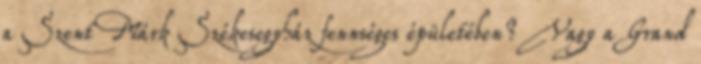
a Szent Márk Székesegyház fennséges épületében? Vagy a Grand